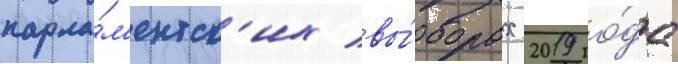
парла́м'ентск'их вы́борах 2019 го́да